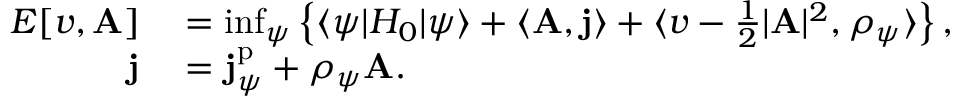
\begin{array} { r l } { E [ v , \mathbf { A } ] } & { { } = \operatorname* { i n f } _ { \psi } \left\{ \langle \psi | H _ { 0 } | \psi \rangle + \langle \mathbf { A } , \mathbf { j } \rangle + \langle v - \frac 1 2 \vert \mathbf { A } \vert ^ { 2 } , \rho _ { \psi } \rangle \right\} , } \\ { \mathbf { j } } & { { } = \mathbf { j } _ { \psi } ^ { \mathrm { p } } + \rho _ { \psi } \mathbf { A } . } \end{array}